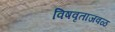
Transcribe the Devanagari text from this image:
विषवृताजवळ